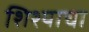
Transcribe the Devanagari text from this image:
शिश्याचा